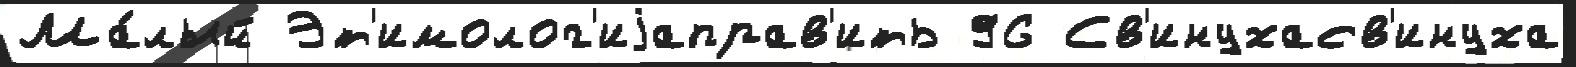
Ма́лый Эт'имолог'иjаправ'ить 96 Св'инухасв'инуха